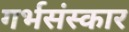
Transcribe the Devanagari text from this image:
गर्भसंस्कार